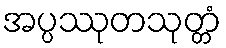
အပ္ပဿုတသုတ္တံ